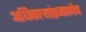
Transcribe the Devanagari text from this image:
अधिकाऱ्यांप्रमाणेच